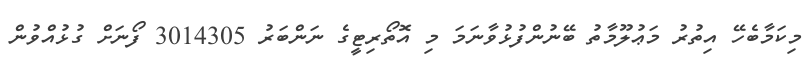
މިކަމާބެހޭ އިތުރު މަޢުލޫމާތު ބޭނުންފުޅުވާނަމަ މި އޮތޯރިޓީގެ ނަންބަރު 3014305 ފޯނަށް ގުޅުއްވުން